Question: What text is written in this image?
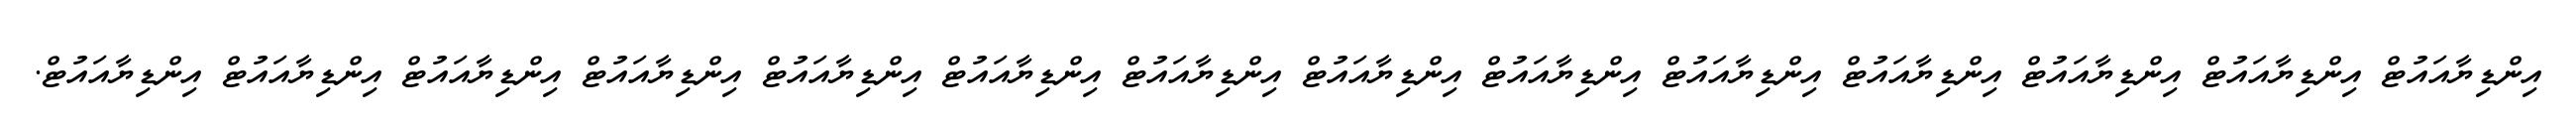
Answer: އިންޑިޔާއައުޓް އިންޑިޔާއައުޓް އިންޑިޔާއައުޓް އިންޑިޔާއައުޓް އިންޑިޔާއައުޓް އިންޑިޔާއައުޓް އިންޑިޔާއައުޓް އިންޑިޔާއައުޓް އިންޑިޔާއައުޓް އިންޑިޔާއައުޓް އިންޑިޔާއައުޓް އިންޑިޔާއައުޓް އިންޑިޔާއައުޓް އިންޑިޔާއައުޓް.